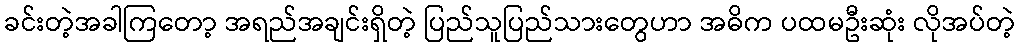
ခင်းတဲ့အခါကြတော့ အရည်အချင်းရှိတဲ့ ပြည်သူပြည်သားတွေဟာ အဓိက ပထမဦးဆုံး လိုအပ်တဲ့